Document type: Sale
Year: 1499
Scribe: Joan Martínez de Sòria
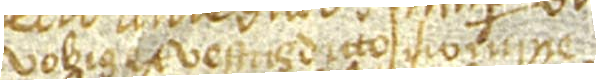
vobis et vestrus dicto nomine